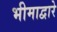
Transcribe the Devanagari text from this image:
भीमाद्वारे